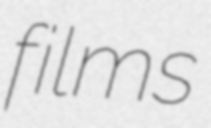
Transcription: films